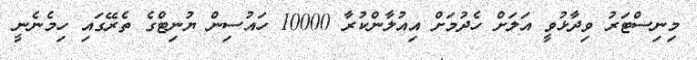
މިނިސްޓަަރު ވިދާޅުވީ އަލަށް ހެދުމަށް އިއުލާންކުރާ 10000 ހައުސިން ޔުނިޓްގެ ތެރޭގައި ހިމެނެނީ